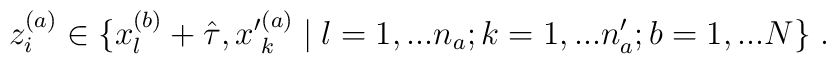
z_i^{(a)} \in\{ x_l^{(b)} +\hat{\tau} , {x^\prime}^{(a)}_k \; | \;l = 1,...n_a ; k = 1,...n^\prime_a ; b = 1,...N \} \; .